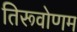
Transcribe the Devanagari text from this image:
तिरूवोणम